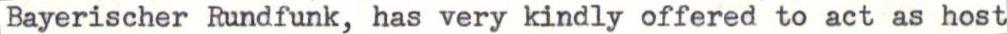
Bayerischer Rundfunk, has very kindly offered to act as host